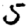
Digit: 5